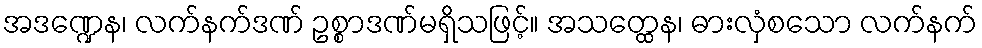
အဒဏ္ဍေန၊ လက်နက်ဒဏ် ဥစ္စာဒဏ်မရှိသဖြင့်။ အသတ္ထေန၊ ဓားလှံစသော လက်နက်